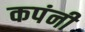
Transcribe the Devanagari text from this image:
कपंनी